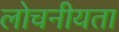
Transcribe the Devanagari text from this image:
लोचनीयता